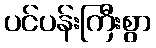
ပင်ပန်းကြီးစွာ